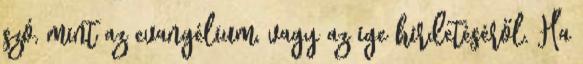
szó, mint az evangélium, vagy az ige hirdetéséről. Ha